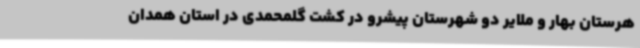
هرستان بهار و ملایر دو شهرستان پیشرو در کشت گلمحمدی در استان همدان